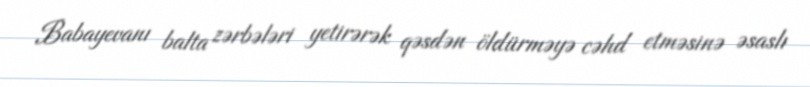
Babayevanı balta zərbələri yetirərək qəsdən öldürməyə cəhd etməsinə əsaslı